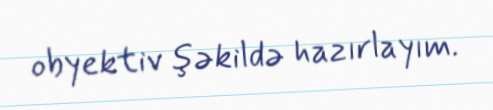
obyektiv şəkildə hazırlayım.